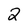
Character: 2